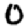
Digit: 0